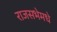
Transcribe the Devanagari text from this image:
राजसभेमधे